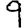
Digit: 9